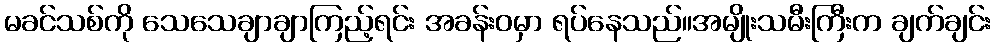
မခင်သစ်ကို သေသေချာချာကြည့်ရင်း အခန်းဝမှာ ရပ်နေသည်။အမျိုးသမီးကြီးက ချက်ချင်း